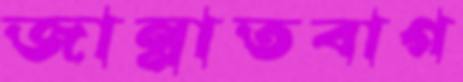
জান্নাতবাগ